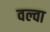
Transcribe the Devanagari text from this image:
वल्वा